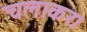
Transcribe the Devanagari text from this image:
चलाकर।